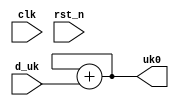
///
// Company: <Name>
//
// File history:
//      <Revision number>: <Date>: <Comments>
//      <Revision number>: <Date>: <Comments>
//      <Revision number>: <Date>: <Comments>
//
// Description: 
//
// <Description here>
//
// Targeted device: <Family::SmartFusion> <Die::A2F060M3E> <Package::288 CS>
//
/// 

//`timescale <time_units> / <precision>

module pid_value( 

    input clk,                          // 
    input rst_n,                        // 
    input signed [14:0] d_uk,           // pid 

    output reg signed [14:0] uk0        // pid 

);

reg signed [14:0] uk1 = 15'd0;          // u(k-1) 

always @(d_uk) begin
    uk0 = uk1 + d_uk;                   // pid 
    uk1 = uk0;                          //  u(k-1) 
end

//<statements>

endmodule